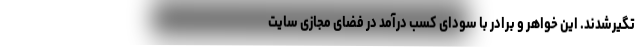
تگیرشدند. این خواهر و برادر با سودای کسب درآمد در فضای مجازی سایت